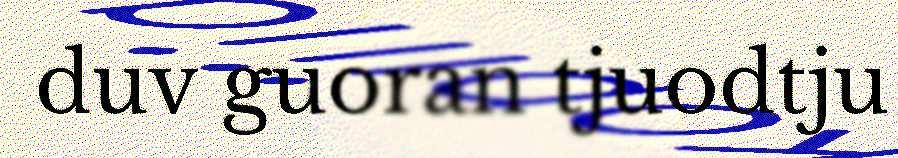
duv guoran tjuodtju